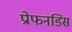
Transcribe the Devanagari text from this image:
प्रोफनडिस